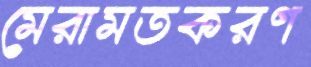
মেরামতকরণ